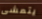
يتمشى